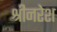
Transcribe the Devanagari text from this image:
श्रीनरेश